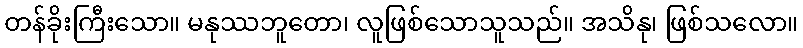
တန်ခိုးကြီးသော။ မနုဿဘူတော၊ လူဖြစ်သောသူသည်။ အသိနု၊ ဖြစ်သလော။